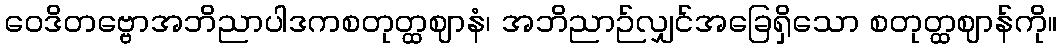
ဝေဒိတဗ္ဗောအဘိညာပါဒကစတုတ္ထဈာနံ၊ အဘိညာဉ်လျှင်အခြေရှိသော စတုတ္ထဈာန်ကို။